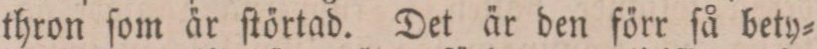
thron ſom är ſtörtad. Det är den förr ſå bety=